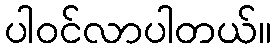
ပါဝင်လာပါတယ်။